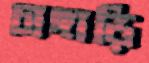
চাঙ্গাড়ি